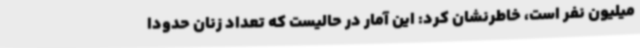
میلیون نفر است، خاطرنشان کرد: این آمار در حالیست که تعداد زنان حدودا